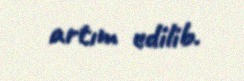
artım edilib.